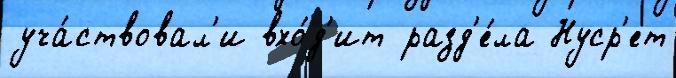
уча́ствовал'и вхо́д'ит разд'е́ла Нуср'ет